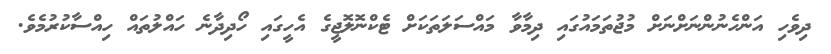
ދިވެހި އަންހެނުންނަށްނަށް މުޖުތަމައުގައި ދިމާވާ މައްސަލަތަކަށް ޓެކްނޮލޮޖީގެ އެހީގައި ހޯދިދާނެ ހައްލުތައް ހިއްސާކުރުމެވެ.